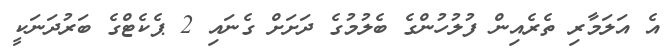
އެ އަލަމާރި ތެރެއިން ފުލުހުންގެ ބެލުމުގެ ދަށަށް ގެނައި 2 ޕެކެޓްގެ ބަރުދަނަކީ